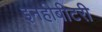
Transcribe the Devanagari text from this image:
इनहीबीटरी